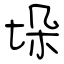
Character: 垛